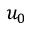
u _ { 0 }